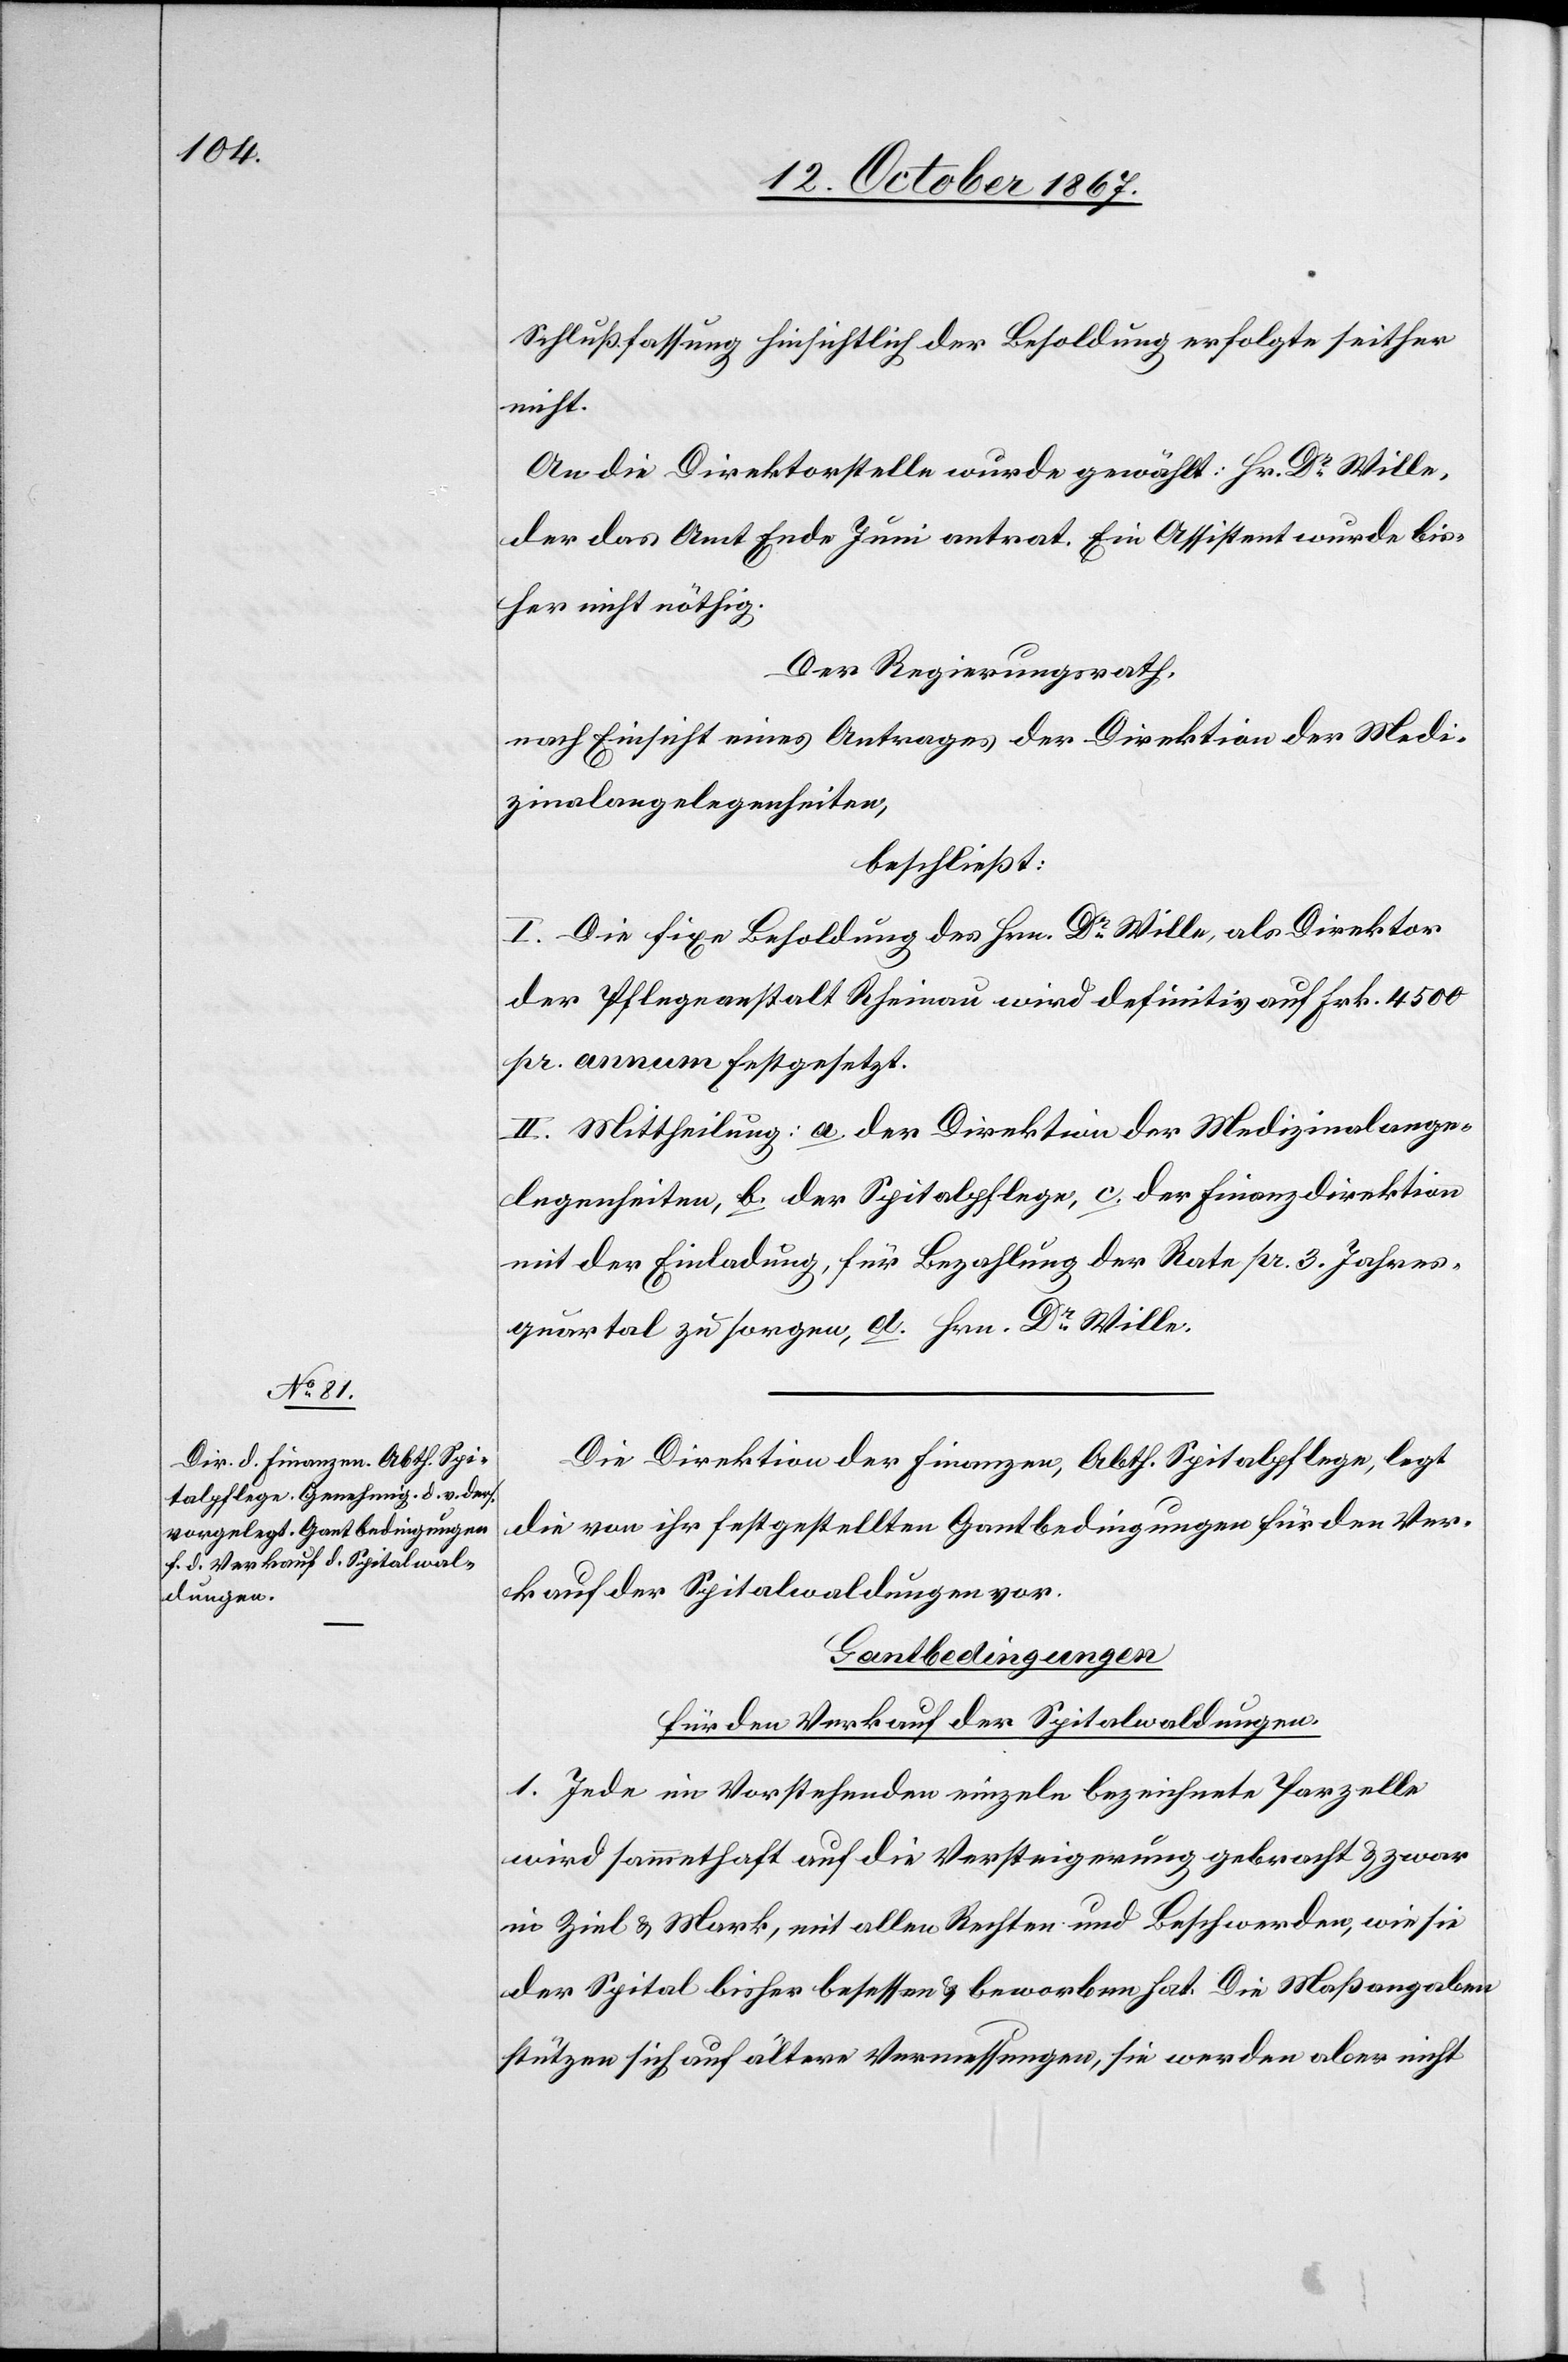
Schlußfassung hinsichtlich der Besoldung erfolgte seither
nicht.
An die Direktorstelle wurde gewählt: Hr. Dr Wille,
der das Amt Ende Juni antrat. Ein Assistent wurde bis¬
her nicht nöthig.
Der Regierungsrath,
nach Einsicht eines Antrages der Direktion der Medi¬
zinalangelegenheiten,
beschließt:
I. Die fixe Besoldung des Hrn. Dr Wille, als Direktor
der Pflegeanstalt Rheinau wird befinitiv auf Frk. 4500
pr. annum festgesetzt.
II. Mittheilung: a. der Direktion der Medizinalange¬
legenheiten, b. der Spitalpflege, c. der Finanzdirektion
mit der Einladung, für Bezahlung der Rate pr. 3. Jahres¬
quartal zu sorgen, d. Hrn. Dr Wille.
die von ihr festgestellten Gantbedingungen für den Ver¬
kauf der Spitalwaldungen vor.
Gantbedingungen
für den Verkauf der Spitalwaldungen.
1. Jede im Vorstehenden einzeln bezeichnete Parzelle
wird sammthaft auf die Versteigerung gebracht u. zwar
in Ziel u. Mark, mit allen Rechten und Beschwerden, wie sie
der Spital bisher besessen u. beworben hat. Die Maßangaben
stützen sich auf ältere Vermessungen, sie werden aber nicht